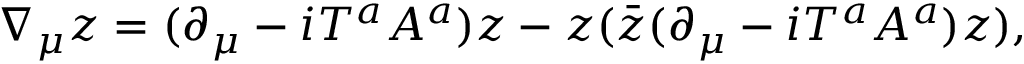
\nabla _ { \mu } z = ( \partial _ { \mu } - i T ^ { a } A ^ { a } ) z - z ( \bar { z } ( \partial _ { \mu } - i T ^ { a } A ^ { a } ) z ) ,